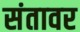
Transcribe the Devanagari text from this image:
संतावर